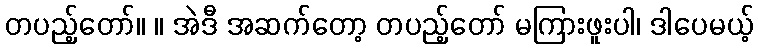
တပည့်တော်။ ။ အဲဒီ အဆက်တော့ တပည့်တော် မကြားဖူးပါ၊ ဒါပေမယ့်